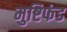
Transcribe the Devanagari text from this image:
मुष्टिफंड